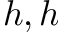
h , h